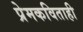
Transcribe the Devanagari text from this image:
प्रेमकविताही